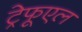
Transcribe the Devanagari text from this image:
ट्रेफूएल